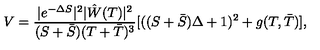
V = \frac { | e ^ { - \Delta S } | ^ { 2 } | \hat { W } ( T ) | ^ { 2 } } { ( S + \bar { S } ) ( T + \bar { T } ) ^ { 3 } } [ ( ( S + \bar { S } ) \Delta + 1 ) ^ { 2 } + g ( T , \bar { T } ) ] ,